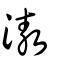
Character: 滶